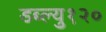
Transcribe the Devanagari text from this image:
डब्ल्यु१२०